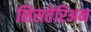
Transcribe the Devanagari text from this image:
सिसतेरिअन